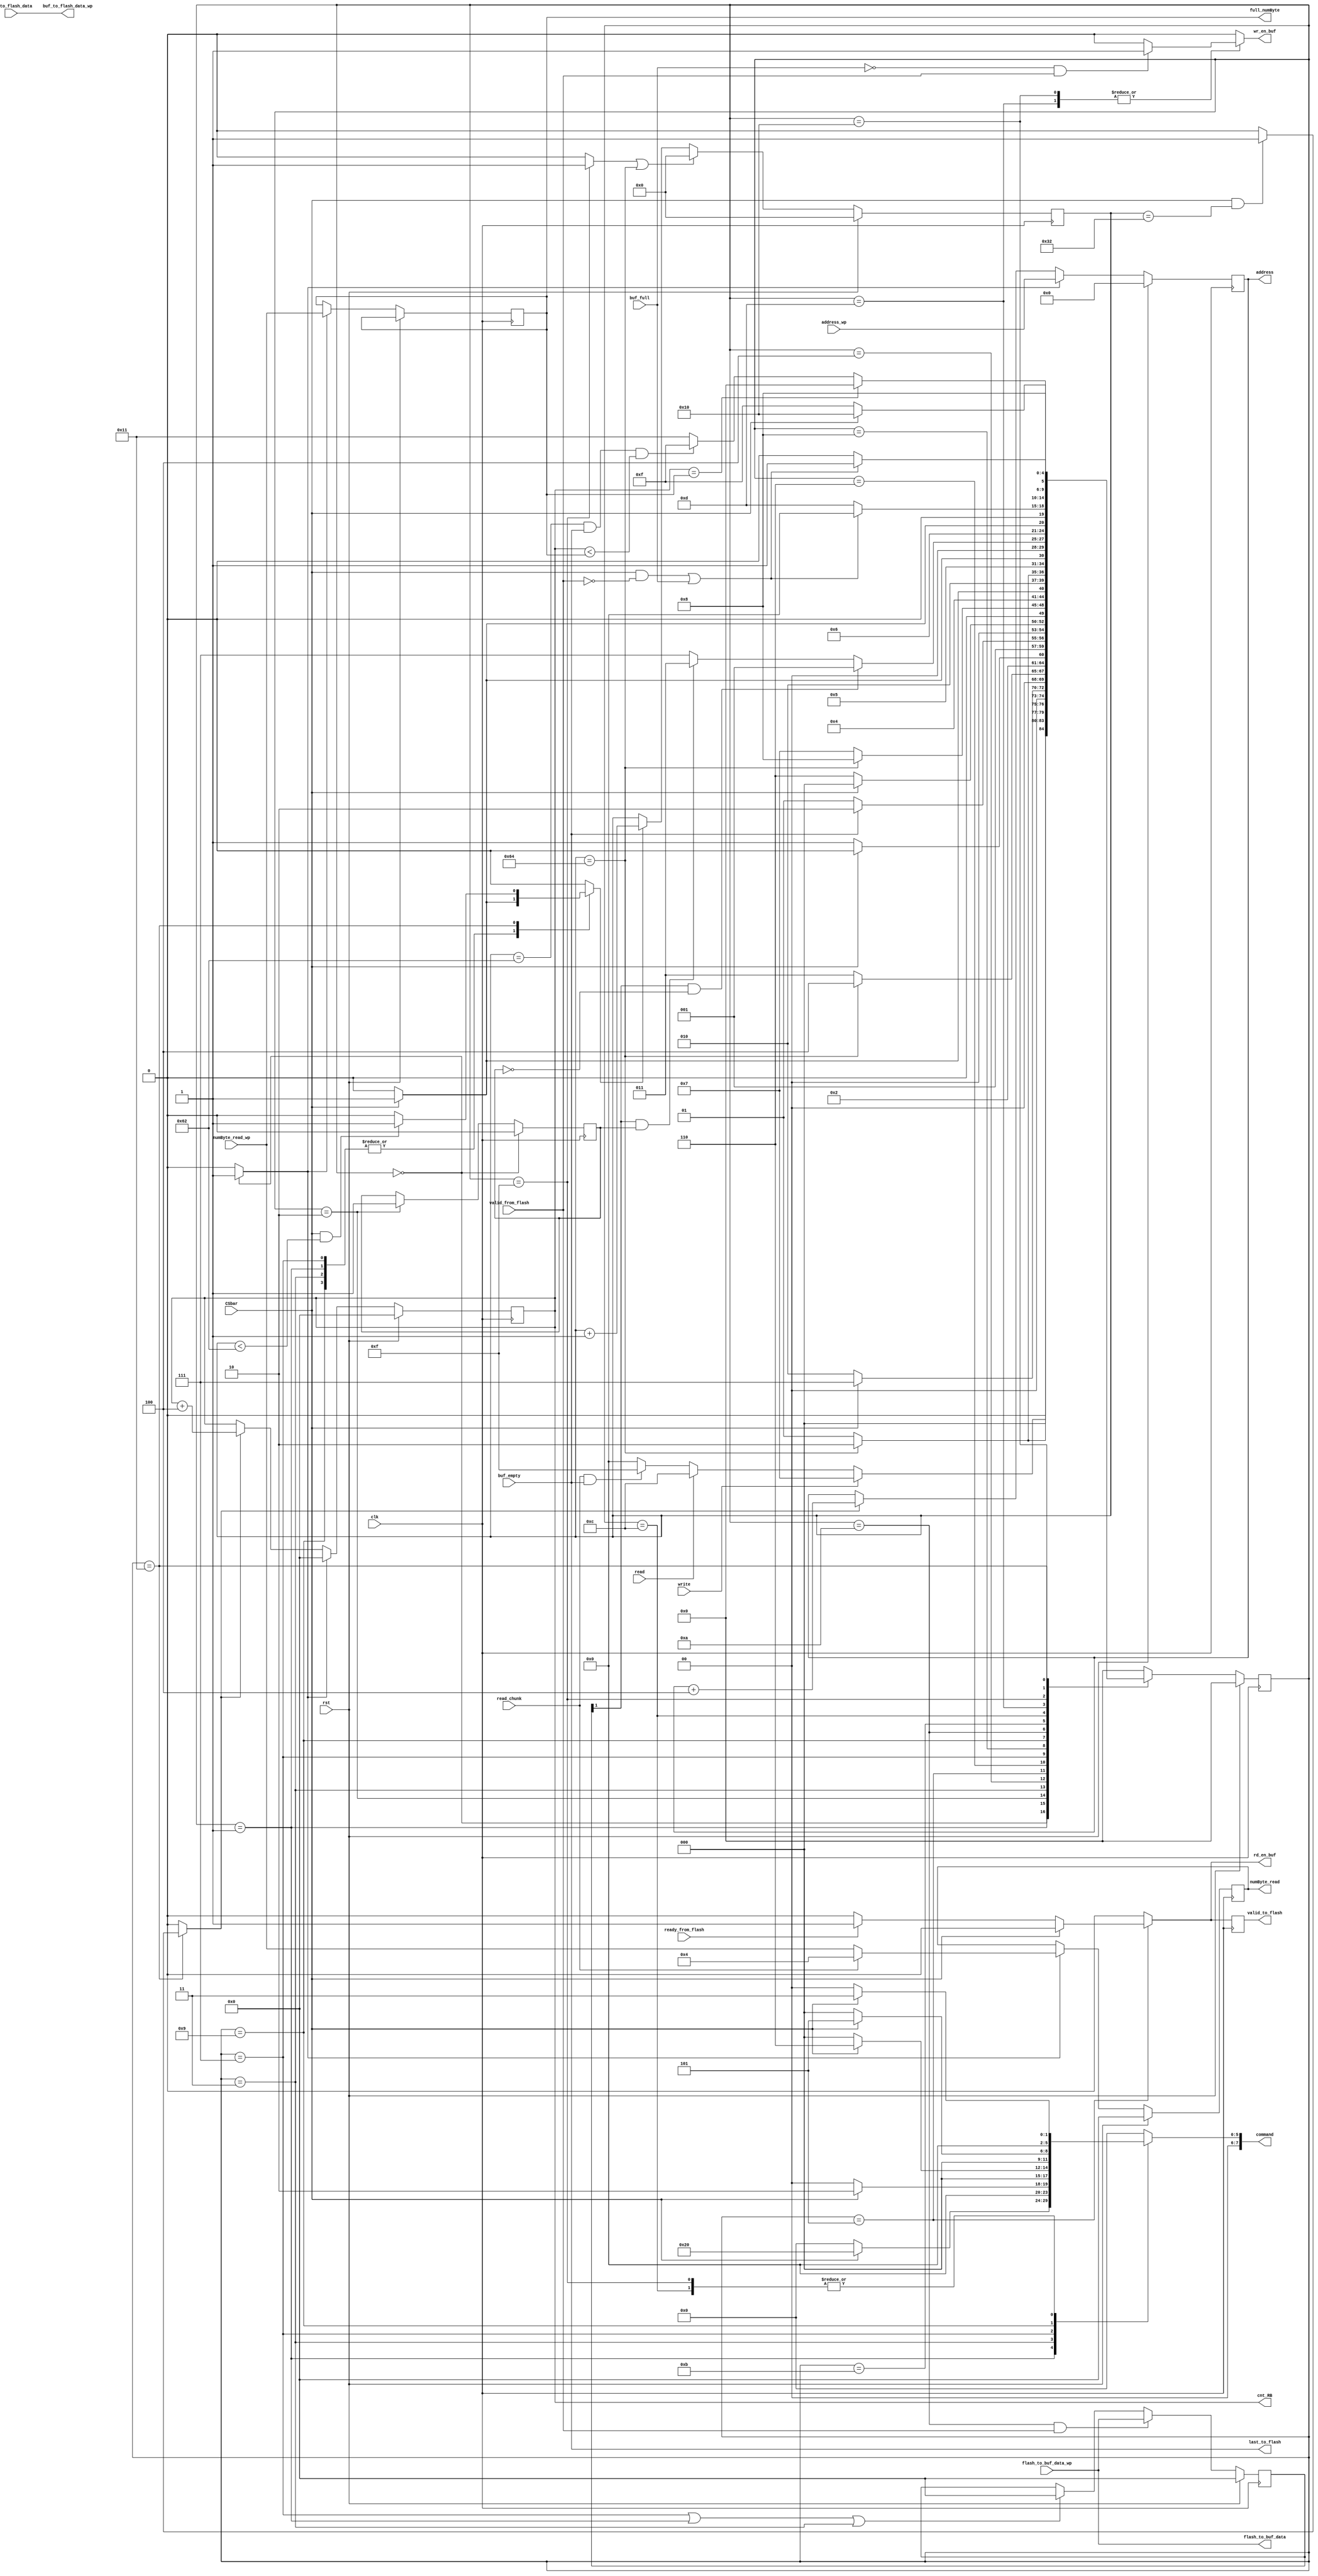
`timescale 1ns / 1ps
//////////////////////////////////////////////////////////////////////////////////
// Company:
// Engineer:
//
// Design Name:
// Module Name: wrapper
// Project Name:
// Target Devices:
// Tool Versions:
// Description:
//
// Dependencies:
//
// Revision:
// Revision 0.01 - File Created
// Additional Comments:
//
//////////////////////////////////////////////////////////////////////////////////


module wrapper #(parameter CHUNK_DEPTH = 4)
(

	input clk,
    input rst,

	input read,
	input read_chunk,
	input write,

	// debug
	output reg [7:0] full_numByte, cnt_RB,


	input [7:0] numByte_read_wp,
	input [23:0] address_wp,


	// flash_cms

	input CSbar, // CSbar

	input valid_from_flash, // valid

	output reg [7:0] command,  // command
	output reg [23:0] address, // address

	output reg valid_to_flash, // valid_in
	output 		last_to_flash,  // last_in

	output reg [7:0] numByte_read, // numByte_read

	input ready_from_flash, // ready_in

	output [7:0] flash_to_buf_data, // data_out
	input [7:0] buf_to_flash_data,  // data_in


	// buffer

	input [7:0] flash_to_buf_data_wp, // buf_out
	output [7:0] buf_to_flash_data_wp, // buf_in
	output reg  wr_en_buf,
	output reg  rd_en_buf,
	input buf_empty,
	input buf_full


);


	localparam [27:0] WAIT_LIMIT = 28'd100;    //d100000000;
	localparam [7:0] READ_STATUS = 8'h05,
					 WRITE_STATUS = 8'h01,
					 WRITE_ENABLE = 8'h06,
					 PAGE_PROGRAM = 8'h02,
					 READ_DATA = 8'h03,
					 SECTOR_ERASE = 8'h20;


	localparam [4:0] IDLE 	= 0,
					 ERASE1 = 1,
					 ERASE2 = 2,
					 PAGEP1 = 3,
					 PAGEP2 = 4,
					 SENDD 	= 5,
					 ENDD	= 6,
					 WRE1	= 7,
					 WRE2	= 8,
					 RDST1	= 9,
					 RDST2	= 10,
					 STCHCK = 11,
					 READD1	= 12,
					 READD2 = 13,
					 RC1	= 15,
					 RC2	= 16,
					 RCC	= 17;


	reg valid_to_flash_reg; // last_to_flash_reg;

	reg flag;

	reg ld_adr, ld_numBread, cen_adr, init0_RB, cen_RB;

	reg [7:0] status_reg; //, full_numByte, cnt_RB;

	reg [27:0] wait_cnt;
	reg init_wait_cnt;
	reg cen_wait_cnt;

	reg [4:0] ps, ns;

	always @(posedge clk) begin
		if(rst)
			ps <= IDLE;
		else
			ps <= ns;
	end

	always @(ps, read, read_chunk, write, CSbar, buf_empty, valid_from_flash, wait_cnt, cnt_RB, buf_full) begin
		case(ps)
			IDLE 	: ns = (write == 1) ? WRE1 :
						   (read == 1) ? READD1 :
						   ((read_chunk == 1) && (buf_empty == 1)) ? RC1 : IDLE;

		    ERASE1  : ns = (wait_cnt == WAIT_LIMIT) ? ERASE2 : ERASE1; // (CSbar == 1)

		    ERASE2  : ns = (CSbar == 1) ? WRE1 : ERASE2;

		    PAGEP1  : ns = (wait_cnt == WAIT_LIMIT) ? PAGEP2 : PAGEP1; // (CSbar == 1)

		    PAGEP2  : ns = (CSbar == 0) ? SENDD : PAGEP2;

		    SENDD 	: ns = (buf_empty == 1) ? ENDD : SENDD;

		    ENDD	    : ns = (CSbar == 1) ? IDLE : ENDD;

		    WRE1	: ns = (wait_cnt == WAIT_LIMIT) ? WRE2 : WRE1; //  (CSbar == 1)

		    WRE2	: ns = (CSbar == 1) ? RDST1 : WRE2;

		    RDST1	: ns = (wait_cnt == WAIT_LIMIT) ? RDST2 : RDST1; // (CSbar == 1)

		    RDST2	: ns = (CSbar == 1) ? STCHCK : RDST2;

		    STCHCK  : ns = ((status_reg[1]) && (~flag)) ? ERASE1 :
						   ((status_reg[1]) && (flag)) ? PAGEP1 : WRE1;

			READD1	: ns = (CSbar == 1) ? READD2 : READD1;

			READD2	: ns = (((CSbar == 1) && (valid_from_flash == 0)) || (buf_full == 1)) ? IDLE : READD2;

			RC1		: ns = (CSbar == 1) ? RC2 : RC1;

			RC2		: ns = (((CSbar == 1) && (valid_from_flash == 0)) || (buf_full == 1)) ? RCC : RC2;

			RCC		: ns = ((cnt_RB == full_numByte)) ? IDLE :
						   ((wait_cnt == (WAIT_LIMIT-2)) && (buf_empty == 1) && (cnt_RB < full_numByte)) ? RC1 : RCC;

			default : ns = IDLE;

		endcase
	end

	always @(ps, read, write, CSbar, buf_empty, ready_from_flash, valid_from_flash, buf_full, wait_cnt) begin
		command = 0;
		ld_adr = 0;
		valid_to_flash_reg = 0;
		rd_en_buf = 0;
		wr_en_buf = 0;
		ld_numBread = 0;
		cen_wait_cnt = 0;

		cen_adr = 0;
		init0_RB = 0;
		cen_RB = 0;
		init_wait_cnt = 0;
		//last_to_flash_reg = 0;

		case(ps)
			 IDLE 	: begin
				ld_adr = 1;
				ld_numBread = 1;
				init0_RB = 1;
				//init_wait_cnt = 1;
			end

		    ERASE1  : begin
				if(CSbar) begin
					command = SECTOR_ERASE;
					cen_wait_cnt = 1;
				end
				//ld_adr = 1;
			end

		    ERASE2  : begin
				command = 0;
				//init_wait_cnt = 1;
			end

		    PAGEP1  : begin
				if(CSbar) begin
					command = PAGE_PROGRAM;
					cen_wait_cnt = 1;
				end
				//ld_adr = 1;
			end

		    PAGEP2  : begin
				command = 0;
			end

		    SENDD 	: begin
				if(CSbar == 0) begin
					if(ready_from_flash == 1) begin
						valid_to_flash_reg = 1;
						rd_en_buf = 1;

						// if(buf_empty == 1) begin
							// last_to_flash_reg = 1;
						// end

					end
				end

			end

		    ENDD	    : begin

			end

		    WRE1	: begin
				if(CSbar == 1) begin
					command = WRITE_ENABLE;
					cen_wait_cnt = 1;
				end
			end

		    WRE2	: begin
				command = 0;
			end

		    RDST1	: begin
				if(CSbar == 1) begin
					command = READ_STATUS;
					cen_wait_cnt = 1;
				end
			end

		    RDST2	: begin
				command = 0;
			end

		    STCHCK  : begin

			end

			READD1	: begin
				if(CSbar == 1)
					command = READ_DATA;
			end

			READD2	: begin
				command = 0;
				if((buf_full == 0) && (valid_from_flash == 1))
					wr_en_buf = 1;
			end

			RC1	: begin
				init_wait_cnt = 1;
				if(CSbar == 1)
					command = READ_DATA;
			end

			RC2	: begin
				command = 0;
				if((buf_full == 0) && (valid_from_flash == 1))
					wr_en_buf = 1;
			end

			RCC : begin

				if ( (CSbar == 1) && (wait_cnt == (WAIT_LIMIT-50)) ) begin
					cen_RB = 1;
					cen_adr = 1;
				end

				if((CSbar == 1) && (wait_cnt < (WAIT_LIMIT-2)) )
					cen_wait_cnt = 1;
				else
					cen_wait_cnt = 0;
			end

		endcase
	end


	always @(posedge clk) begin
		if(ps == IDLE)
			flag <= 0;
		else if(ps == ERASE2)
			flag <= 1;
		else
			flag <= flag;
	end


	always @(posedge clk) begin
		valid_to_flash <= valid_to_flash_reg;
		//last_to_flash <= last_to_flash_reg;
	end

	assign last_to_flash = buf_empty;

	always @(posedge clk) begin
		if(rst)
			address <= 0;
		else if(ld_adr)
			address <= address_wp;
		else if(cen_adr)
			address <= address + CHUNK_DEPTH;
		else
			address <= address;
	end

	always @(posedge clk) begin
		if(rst)
			cnt_RB <= 0;
		else if(init0_RB)
			cnt_RB <= 0;
		else if(cen_RB)
			cnt_RB <= cnt_RB + CHUNK_DEPTH;
		else
			cnt_RB <= cnt_RB;
	end


	always @(posedge clk) begin
		if(rst)
			numByte_read <= 0;
		else if(ld_numBread) begin
			numByte_read <= (read_chunk) ? CHUNK_DEPTH : numByte_read_wp;
			full_numByte <= numByte_read_wp;
		end
		else begin
			numByte_read <= numByte_read;
			full_numByte <= full_numByte;
		end
	end



	always @(posedge clk) begin
		if(rst)
			status_reg <= 0;
		else if((ps == 10) && valid_from_flash)
			status_reg <= flash_to_buf_data_wp;
		else if((ps == WRE1) || (ps == ERASE1) ||(ps == PAGEP1))
			status_reg <= 0;
		else
			status_reg <= status_reg;
	end



	always @(posedge clk) begin
		if(rst)
			wait_cnt <= 0;
		else if((init_wait_cnt == 1) || (wait_cnt == WAIT_LIMIT))
			wait_cnt <= 0;
		else if(cen_wait_cnt)
			wait_cnt <= wait_cnt + 1;
		else
			wait_cnt <= wait_cnt;


	end

	//assign init_wait_cnt = (wait_cnt == WAIT_LIMIT) ? 1 : 0;



	assign flash_to_buf_data = flash_to_buf_data_wp;
	assign buf_to_flash_data_wp = buf_to_flash_data;


endmodule